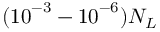
( { { 1 0 } ^ { - 3 } } - { { 1 0 } ^ { - 6 } } ) { { N } _ { L } }